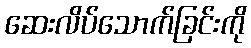
ဆေးလိပ်သောက်ခြင်းကို